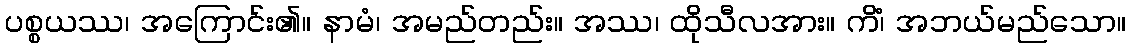
ပစ္စယဿ၊ အကြောင်း၏။ နာမံ၊ အမည်တည်း။ အဿ၊ ထိုသီလအား။ ကိံ၊ အဘယ်မည်သော။